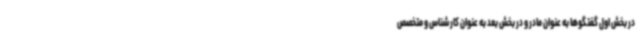
در بخش اول گفتگوها به عنوان مادر و در بخش بعد به عنوان کارشناس و متخصص